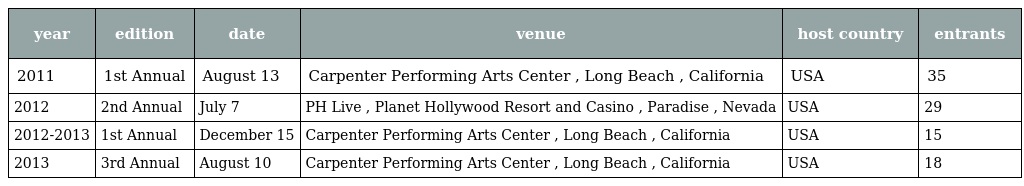
| year | edition | date | venue | host country | entrants |
 | --- | --- | --- | --- | --- | --- |
 | 2011 | 1st Annual | August 13 | Carpenter Performing Arts Center , Long Beach , California | USA | 35 |
 | 2012 | 2nd Annual | July 7 | PH Live , Planet Hollywood Resort and Casino , Paradise , Nevada | USA | 29 |
 | 2012-2013 | 1st Annual | December 15 | Carpenter Performing Arts Center , Long Beach , California | USA | 15 |
 | 2013 | 3rd Annual | August 10 | Carpenter Performing Arts Center , Long Beach , California | USA | 18 |